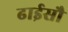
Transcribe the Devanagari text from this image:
ढाईसौ